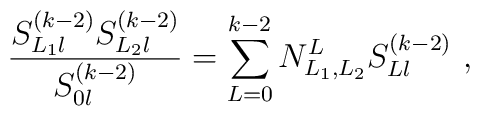
\frac{S^{(k-2)}_{L_1l}S^{(k-2)}_{L_2l}}{S^{(k-2)}_{0l}}= \sum_{L=0}^{k-2}N_{L_1,L_2}^L    S^{(k-2)}_{Ll}~,